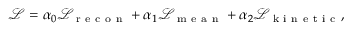
\mathcal { L } = \alpha _ { 0 } \mathcal { L } _ { \mathrm { ~ r ~ e ~ c ~ o ~ n ~ } } + \alpha _ { 1 } \mathcal { L } _ { \mathrm { ~ m ~ e ~ a ~ n ~ } } + \alpha _ { 2 } \mathcal { L } _ { \mathrm { ~ k ~ i ~ n ~ e ~ t ~ i ~ c ~ } } ,